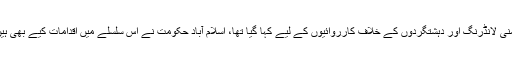
فنانشل ایکشن ٹاسک فورس ( ایف اے ٹی ایف) کی گرے لسٹ کی جانب سے پاکستان کو منی لانڈرنگ اور دہشتگردوں کے خلاف کارروائیوں کے لیے کہا گیا تھا، اسلام آباد حکومت نے اس سلسلے میں اقدامات کیے بھی ہیں اور اس حوالے سے آرڈیننس بھی جاری کیا گیا لیکن کیا یہ اقدامات کافی ثابت ہوں گے؟